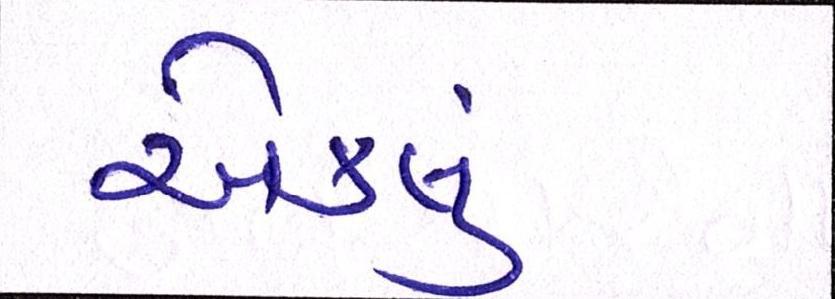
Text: એકલું